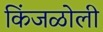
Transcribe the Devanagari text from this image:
किंजळोली